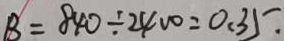
B = 8 4 0 \div 2 4 0 0 = 0 . 3 5 .